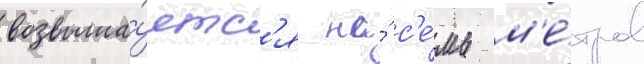
возвыша́етс'я на́ с'е́мь м'е́тров